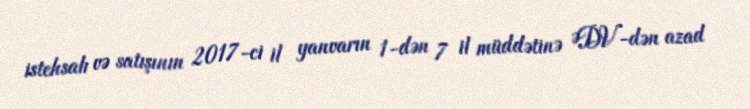
istehsalı və satışının 2017-ci il yanvarın 1-dən 7 il müddətinə ƏDV-dən azad